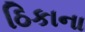
ઠિકાના